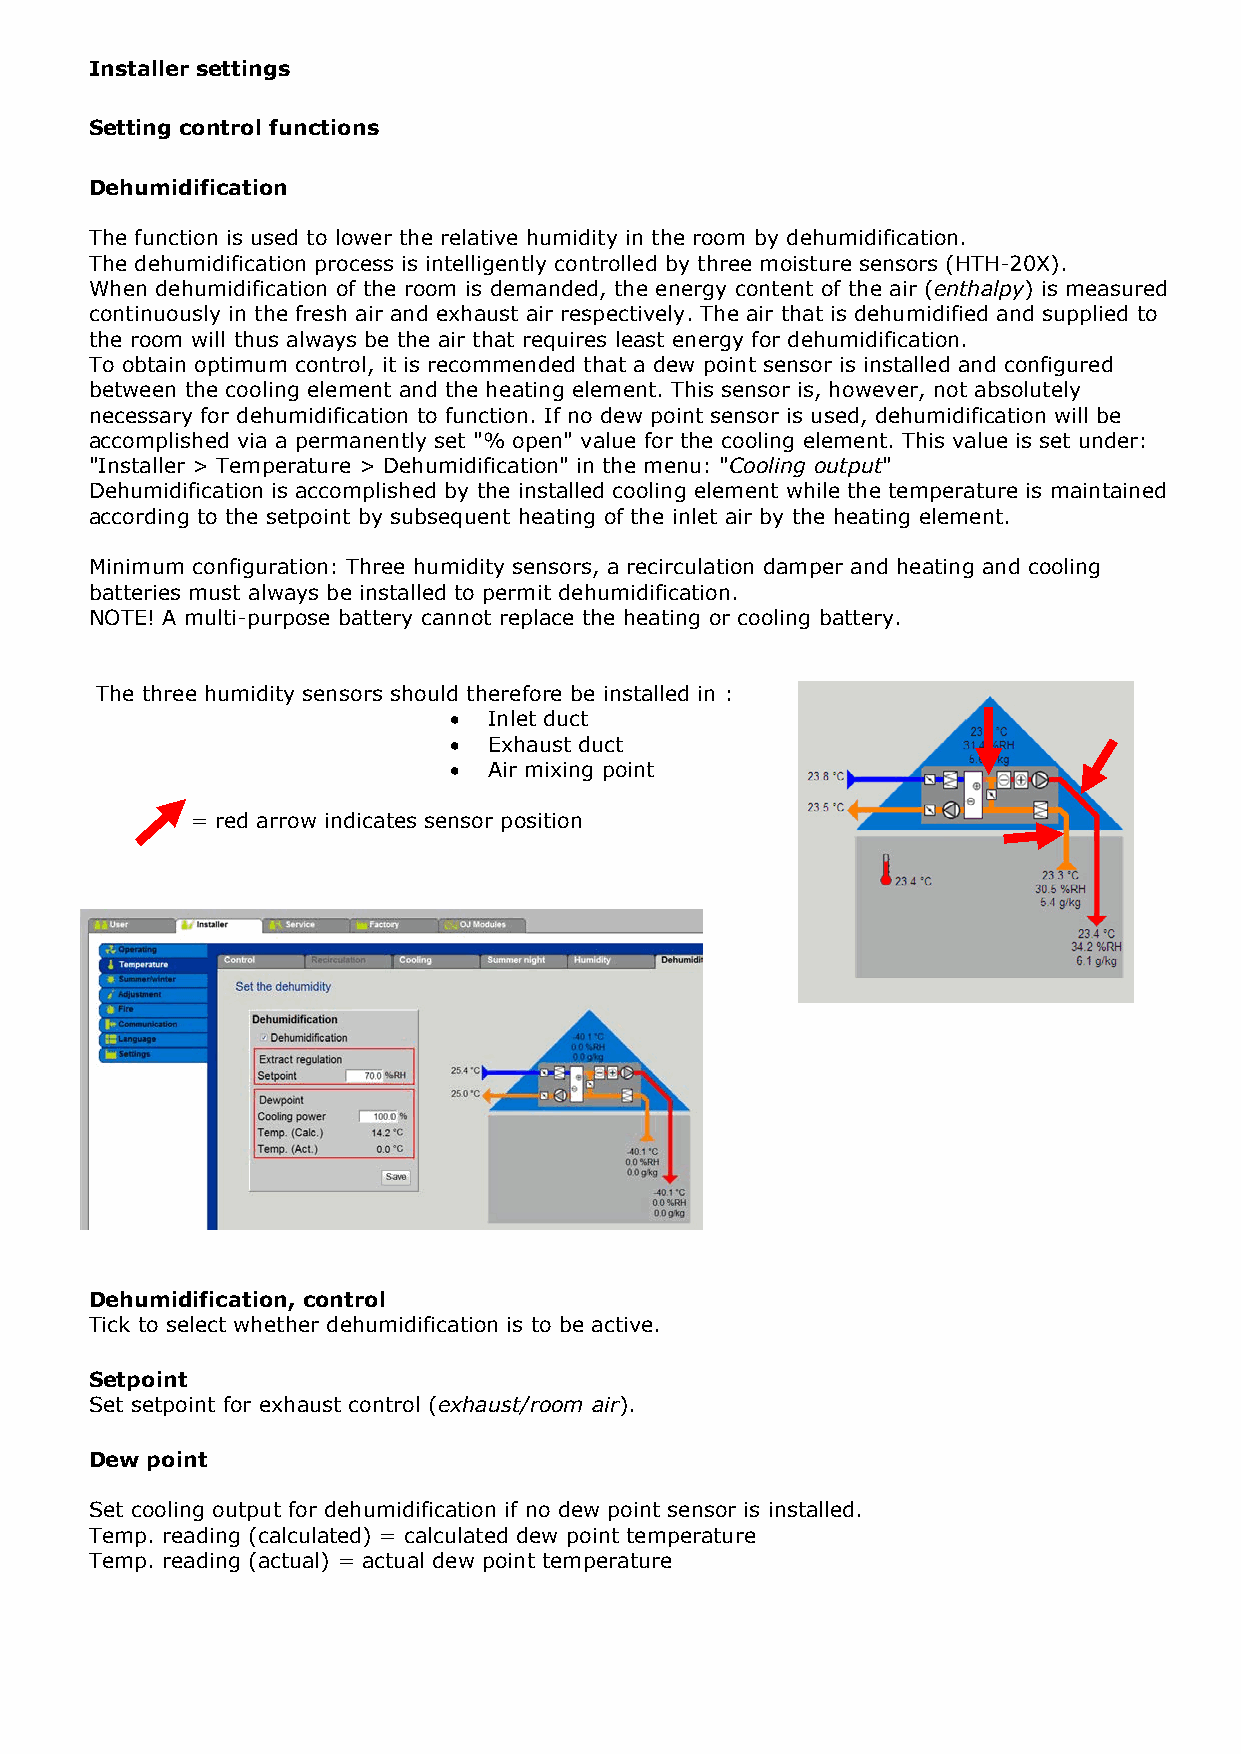
Installer settings
 Setting control functions
 Dehumidification
 The function is used to lower the relative humidity in the room by dehumidification.
 The dehumidification process is intelligently controlled by three moisture sensors (HTH-20X).
 When dehumidification of the room is demanded, the energy content of the air (enthalpy) is measured
 continuously in the fresh air and exhaust air respectively. The air that is dehumidified and supplied to
 the room will thus always be the air that requires least energy for dehumidification.
 To obtain optimum control, it is recommended that a dew point sensor is installed and configured
 between the cooling element and the heating element. This sensor is, however, not absolutely
 necessary for dehumidification to function. If no dew point sensor is used, dehumidification will be
 accomplished via a permanently set "% open" value for the cooling element. This value is set under:
 "Installer > Temperature > Dehumidification" in the menu: "Cooling output"
 Dehumidification is accomplished by the installed cooling element while the temperature is maintained
 according to the setpoint by subsequent heating of the inlet air by the heating element.
 Minimum configuration: Three humidity sensors, a recirculation damper and heating and cooling
 batteries must always be installed to permit dehumidification.
 NOTE! A multi-purpose battery cannot replace the heating or cooling battery.
 The three humidity sensors should therefore be installed in :
 • Inlet duct
 • Exhaust duct
 • Air mixing point
 = red arrow indicates sensor position
 Dehumidification, control
 Tick to select whether dehumidification is to be active.
 Setpoint
 Set setpoint for exhaust control (exhaust/room air).
 Dew point
 Set cooling output for dehumidification if no dew point sensor is installed.
 Temp. reading (calculated) = calculated dew point temperature
 Temp. reading (actual) = actual dew point temperature